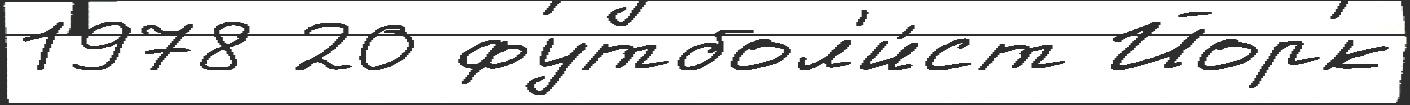
1978 20 футбол'и́ст Йорк